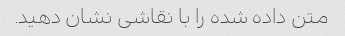
متن داده شده را با نقاشی نشان دهید.